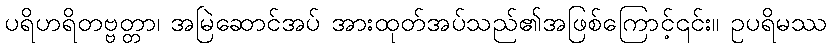
ပရိဟရိတဗ္ဗတ္တာ၊ အမြဲဆောင်အပ် အားထုတ်အပ်သည်၏အဖြစ်ကြောင့်၎င်း။ ဥပရိမဿ